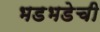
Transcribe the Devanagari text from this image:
भडभडेची